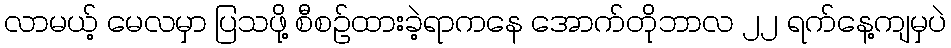
လာမယ့် မေလမှာ ပြသဖို့ စီစဉ်ထားခဲ့ရာကနေ အောက်တိုဘာလ ၂၂ ရက်နေ့ကျမှပဲ